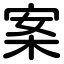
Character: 案